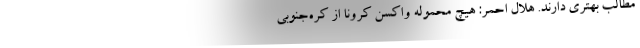
مطالب بهتری دارند. هلال احمر: هیچ محموله واکسن کرونا از کره‌جنوبی